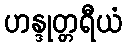
ဟန္ဒုတ္တရီယံ